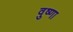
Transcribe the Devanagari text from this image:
वुष्णा